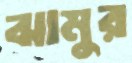
ঝামুর